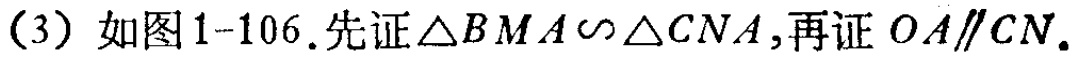
（3）如图1-106.先证\(\triangle BMA\sim\triangle CNA\),再证 \(OA\parallel CN\).